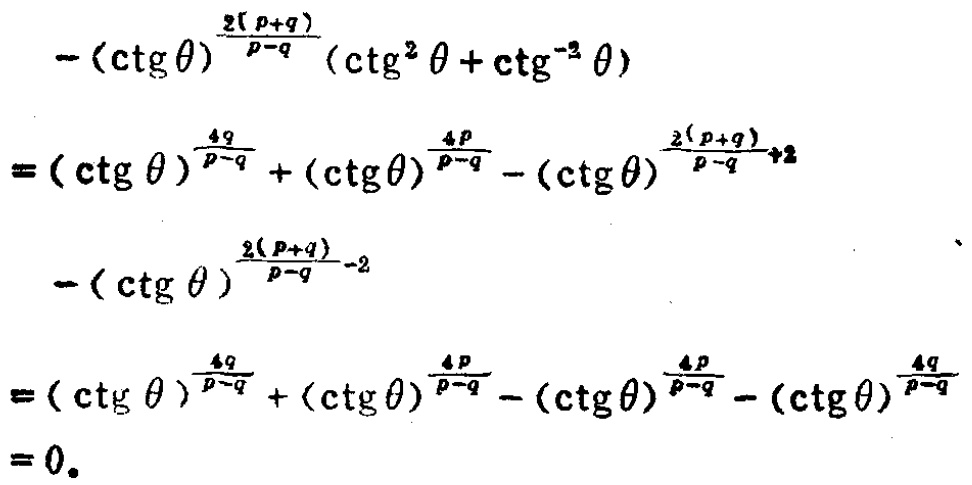
\[
\begin{align*}
&-(\ctg\theta)^{\frac{2(p + q)}{p - q}}(\ctg^{2}\theta+\ctg^{-2}\theta)\\
=&(\ctg\theta)^{\frac{4q}{p - q}}+(\ctg\theta)^{\frac{4p}{p - q}}-(\ctg\theta)^{\frac{2(p + q)}{p - q}+2}-(\ctg\theta)^{\frac{2(p + q)}{p - q}-2}\\
=&(\ctg\theta)^{\frac{4q}{p - q}}+(\ctg\theta)^{\frac{4p}{p - q}}-(\ctg\theta)^{\frac{4p}{p - q}}-(\ctg\theta)^{\frac{4q}{p - q}}\\
=&0.
\end{align*}
\]